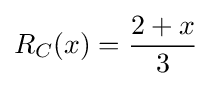
R_{C}(x)={\frac {2+x}{3}}